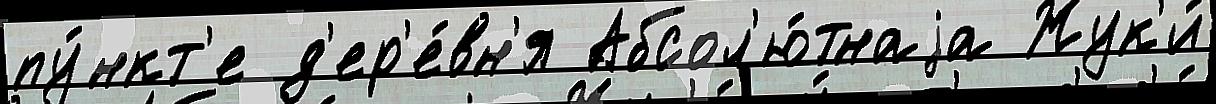
пу́нкт'е д'ер'е́вн'я Абсол'ю́тнаjа Жук'и́